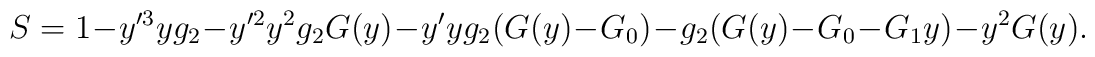
S = 1 - y'^3 y g_2 - y'^2 y^2 g_2 G(y) - y' y g_2 (G(y) - G_0) -          g_2 (G(y) - G_0 - G_1 y) - y^2 G(y).